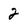
Character: 2